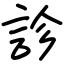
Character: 診